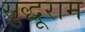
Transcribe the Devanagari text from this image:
सुद्धूराम